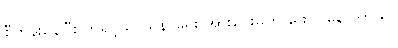
စီတန်းနေပြီး ဘုရင့်သာသနာရေး အားပေးမှုကို ဖော်ပြနေပါတယ်။